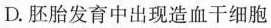
D.胚胎发育中出现造血干细胞